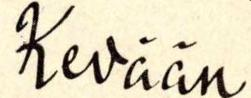
Kevään